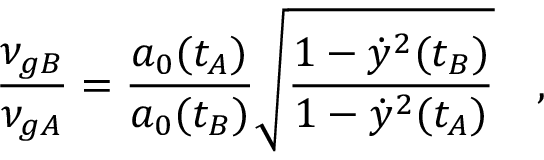
\frac { \nu _ { g B } } { \nu _ { g A } } = \frac { a _ { 0 } ( t _ { A } ) } { a _ { 0 } ( t _ { B } ) } \sqrt { \frac { 1 - \dot { y } ^ { 2 } ( t _ { B } ) } { 1 - \dot { y } ^ { 2 } ( t _ { A } ) } } \quad ,